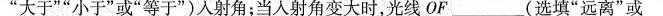
“大于”“小于”或“等于”)入射角；当入射角变大时，光线OF___(选填“远离”或